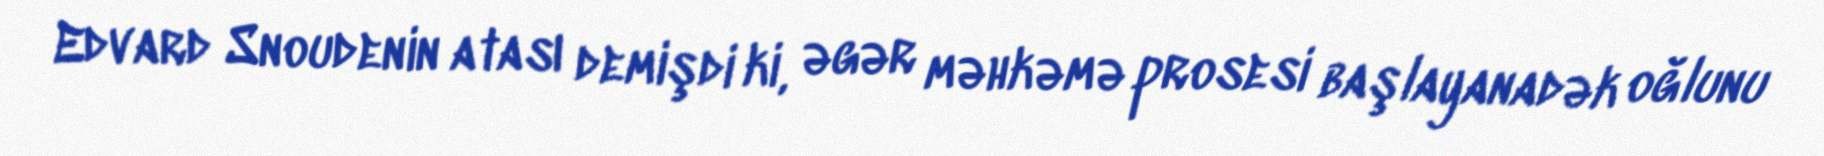
Edvard Snoudenin atası demişdi ki, əgər məhkəmə prosesi başlayanadək oğlunu